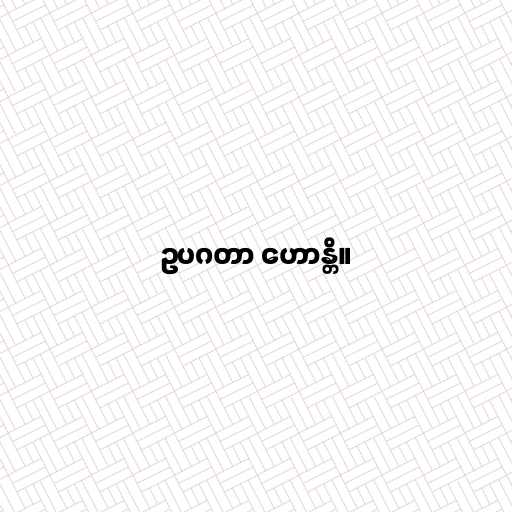
ဥပဂတာ ဟောန္တိ။